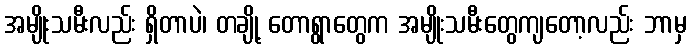
အမျိုးသမီးလည်း ရှိတာပဲ၊ တချို့ တောရွာတွေက အမျိုးသမီးတွေကျတော့လည်း ဘာမှ